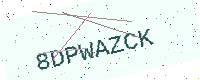
Text: 8DPWAZCK